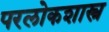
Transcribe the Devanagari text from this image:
परलोकशास्त्र